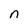
Character: n